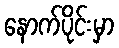
နောက်ပိုင်းမှာ